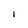
Character: l